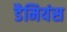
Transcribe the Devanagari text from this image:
डैमियंस